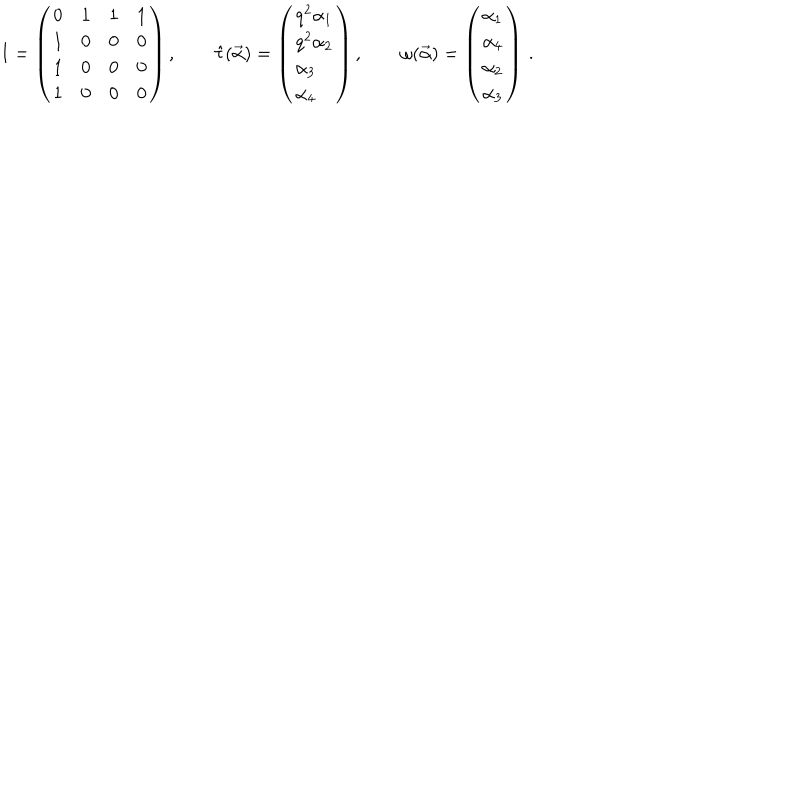
I = \left( \begin{array} { l l l l } { { 0 } } & { { 1 } } & { { 1 } } & { { 1 } } \\ { { 1 } } & { { 0 } } & { { 0 } } & { { 0 } } \\ { { 1 } } & { { 0 } } & { { 0 } } & { { 0 } } \\ { { 1 } } & { { 0 } } & { { 0 } } & { { 0 } } \\ \end{array} \right) , \quad \quad \hat { \tau } ( \vec { \alpha } ) = \left( \begin{array} { l } { { q ^ { 2 } \alpha _ { 1 } } } \\ { { q ^ { 2 } \alpha _ { 2 } } } \\ { { \alpha _ { 3 } } } \\ { { \alpha _ { 4 } } } \\ \end{array} \right) , \quad \quad \omega ( \vec { \alpha } ) = \left( \begin{array} { l } { { \alpha _ { 1 } } } \\ { { \alpha _ { 4 } } } \\ { { \alpha _ { 2 } } } \\ { { \alpha _ { 3 } } } \\ \end{array} \right) \, .